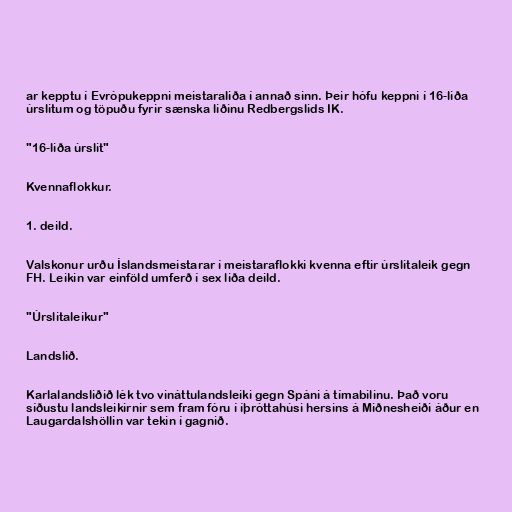
ar kepptu í Evrópukeppni meistaraliða í annað sinn. Þeir hófu keppni í 16-liða
úrslitum og töpuðu fyrir sænska liðinu Redbergslids IK.

"16-liða úrslit"

Kvennaflokkur.

1. deild.

Valskonur urðu Íslandsmeistarar í meistaraflokki kvenna eftir úrslitaleik gegn
FH. Leikin var einföld umferð í sex liða deild.

"Úrslitaleikur"

Landslið.

Karlalandsliðið lék tvo vináttulandsleiki gegn Spáni á tímabilinu. Það voru
síðustu landsleikirnir sem fram fóru í íþróttahúsi hersins á Miðnesheiði áður en
Laugardalshöllin var tekin í gagnið.